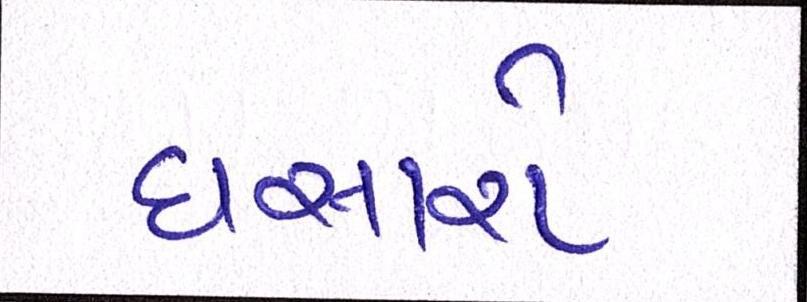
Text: ઘસારો